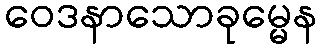
ဝေဒနာသောခုမ္မေန